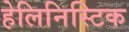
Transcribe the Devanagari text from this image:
हेलिनिस्टिक